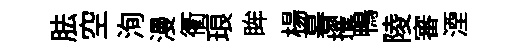
胠空洵漫衢琅眸楊暮擢鴨陵審湮